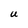
Character: U